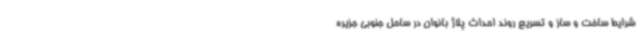
شرایط ساخت و ساز و تسریع روند احداث پلاژ بانوان در ساحل جنوبی جزیره